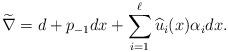
LaTeX: \begin{align*} \widetilde \nabla = d + p_{-1} dx + \sum_{i=1}^\ell \widehat u_i(x) \alpha_i dx.\end{align*}